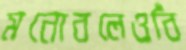
মনোবলেওবিঁ